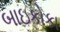
બાઇકોકા